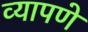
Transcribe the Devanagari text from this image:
व्यापणे